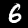
Digit: 6